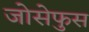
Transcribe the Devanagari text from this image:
जोसेफुस